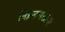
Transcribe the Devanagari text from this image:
विठ्ठलभक्तांना